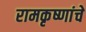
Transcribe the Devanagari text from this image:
रामकृष्णांचे